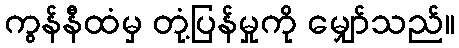
ကွန်နီထံမှ တုံ့ပြန်မှုကို မျှော်သည်။